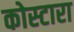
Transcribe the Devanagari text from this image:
कोस्‍टारा